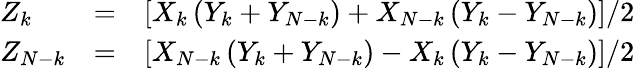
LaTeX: {\begin{array}{lll}{Z_{k}}&{=}&{\left[X_{k}\left(Y_{k}+Y_{N-k}\right)+X_{N-k}\left(Y_{k}-Y_{N-k}\right)\right]/2}\\ {Z_{N-k}}&{=}&{\left[X_{N-k}\left(Y_{k}+Y_{N-k}\right)-X_{k}\left(Y_{k}-Y_{N-k}\right)\right]/2}\end{array}}